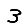
Digit: 3